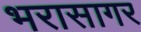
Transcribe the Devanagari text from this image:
भरासागर